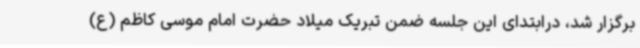
برگزار شد، درابتدای این جلسه ضمن تبریک میلاد حضرت امام موسی کاظم (ع)